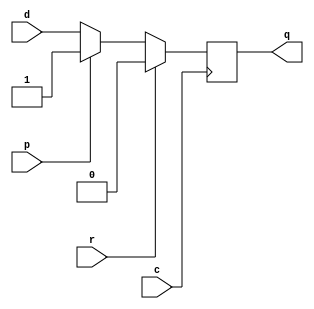
/* Author: Ismael Contreras
*
*  Purpose:
*  D- Flip Flop with a positive edge clock
*	Assign 0 if reset is 1
*	Assign 1 if preset is 1
* 	Assign q = d otherwise
*
*/

module DFlipFlop(c,r, p, d, q);

	input wire c,r,d, p;
	output  q;
	
	
	//Positive clock edge. 
	reg q;
	
	always @(posedge c) 
		if (r)
			q <= 0;
		else if (p)
			q <= 1;
		else 
			q <=d;
			

		
endmodule